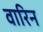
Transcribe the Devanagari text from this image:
वारिन